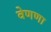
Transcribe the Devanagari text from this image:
वेणणा